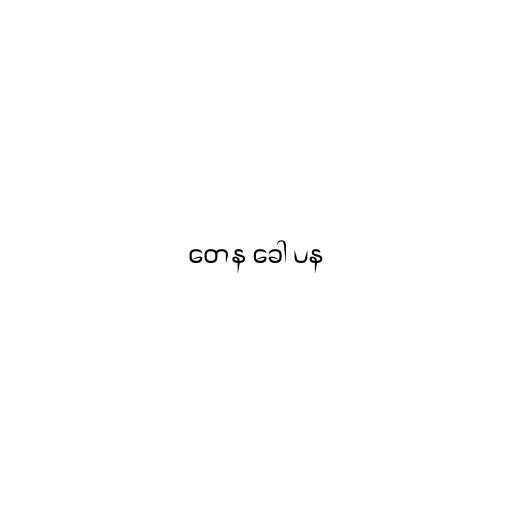
တေန ခေါ ပန